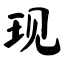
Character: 现